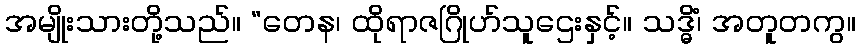
အမျိုးသားတို့သည်။ “တေန၊ ထိုရာဇဂြိုဟ်သူဌေးနှင့်။ သဒ္ဓိံ၊ အတူတကွ။